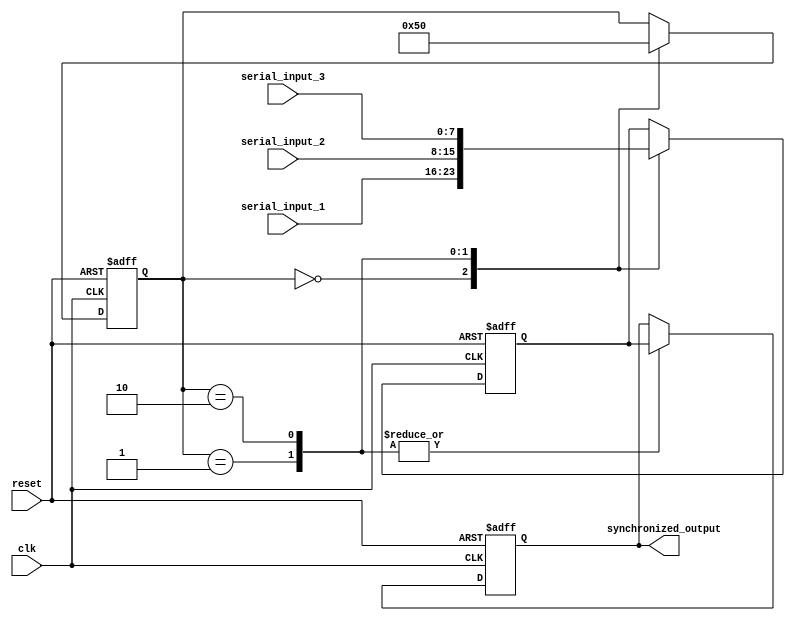
module serial_arbiter (
    input wire clk,
    input wire reset,
    input wire [7:0] serial_input_1,
    input wire [7:0] serial_input_2,
    input wire [7:0] serial_input_3,
    output reg [7:0] synchronized_output
);

reg [2:0] state;
reg [7:0] current_input;

always @ (posedge clk or posedge reset) begin
    if (reset) begin
        state <= 0;
        current_input <= 0;
        synchronized_output <= 0;
    end else begin
        case (state)
            0: begin
                current_input <= serial_input_1;
                state <= 1;
            end
            1: begin
                synchronized_output <= current_input;
                current_input <= serial_input_2;
                state <= 2;
            end
            2: begin
                synchronized_output <= current_input;
                current_input <= serial_input_3;
                state <= 0;
            end
        endcase
    end
end

endmodule